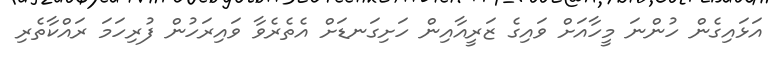
އަޅައިގެން ހުންނަ މީހާއަށް ވައިގެ ޒަރީއާއިން ހަށިގަނޑަށް އެތެރެވާ ވައިރަހުން ފުރިހަމަ ރައްކާތެރި